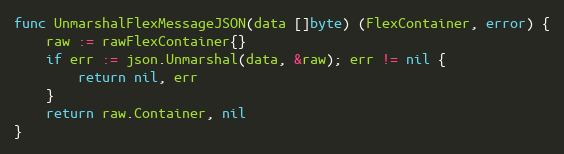
Language: Go
func UnmarshalFlexMessageJSON(data []byte) (FlexContainer, error) {
	raw := rawFlexContainer{}
	if err := json.Unmarshal(data, &raw); err != nil {
		return nil, err
	}
	return raw.Container, nil
}